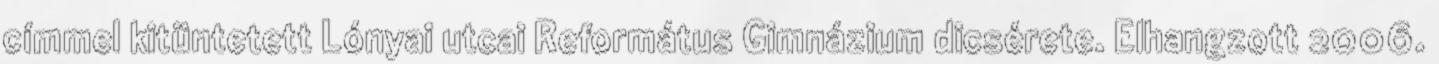
címmel kitüntetett Lónyai utcai Református Gimnázium dicsérete. Elhangzott 2006.